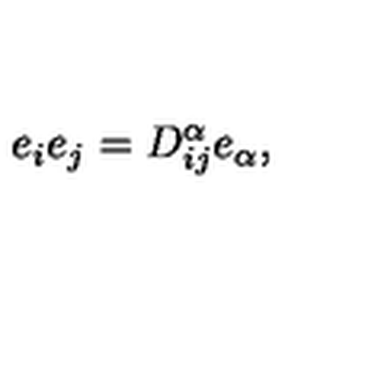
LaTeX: e _ { i } e _ { j } = D _ { i j } ^ { \alpha } e _ { \alpha } ,